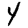
Digit: 4